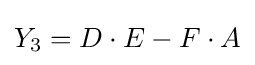
Y_{3}=D\cdot E-F\cdot A